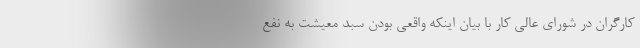
کارگران در شورای عالی کار با بیان اینکه واقعی بودن سبد معیشت به نفع